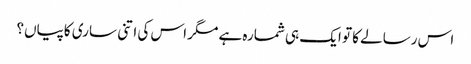
اس رسالے کا تو ایک ہی شمارہ ہے مگر اس کی اتنی ساری کاپیاں؟